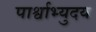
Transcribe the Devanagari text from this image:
पार्श्वाभ्युदय